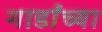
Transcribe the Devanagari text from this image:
गार्डांच्या